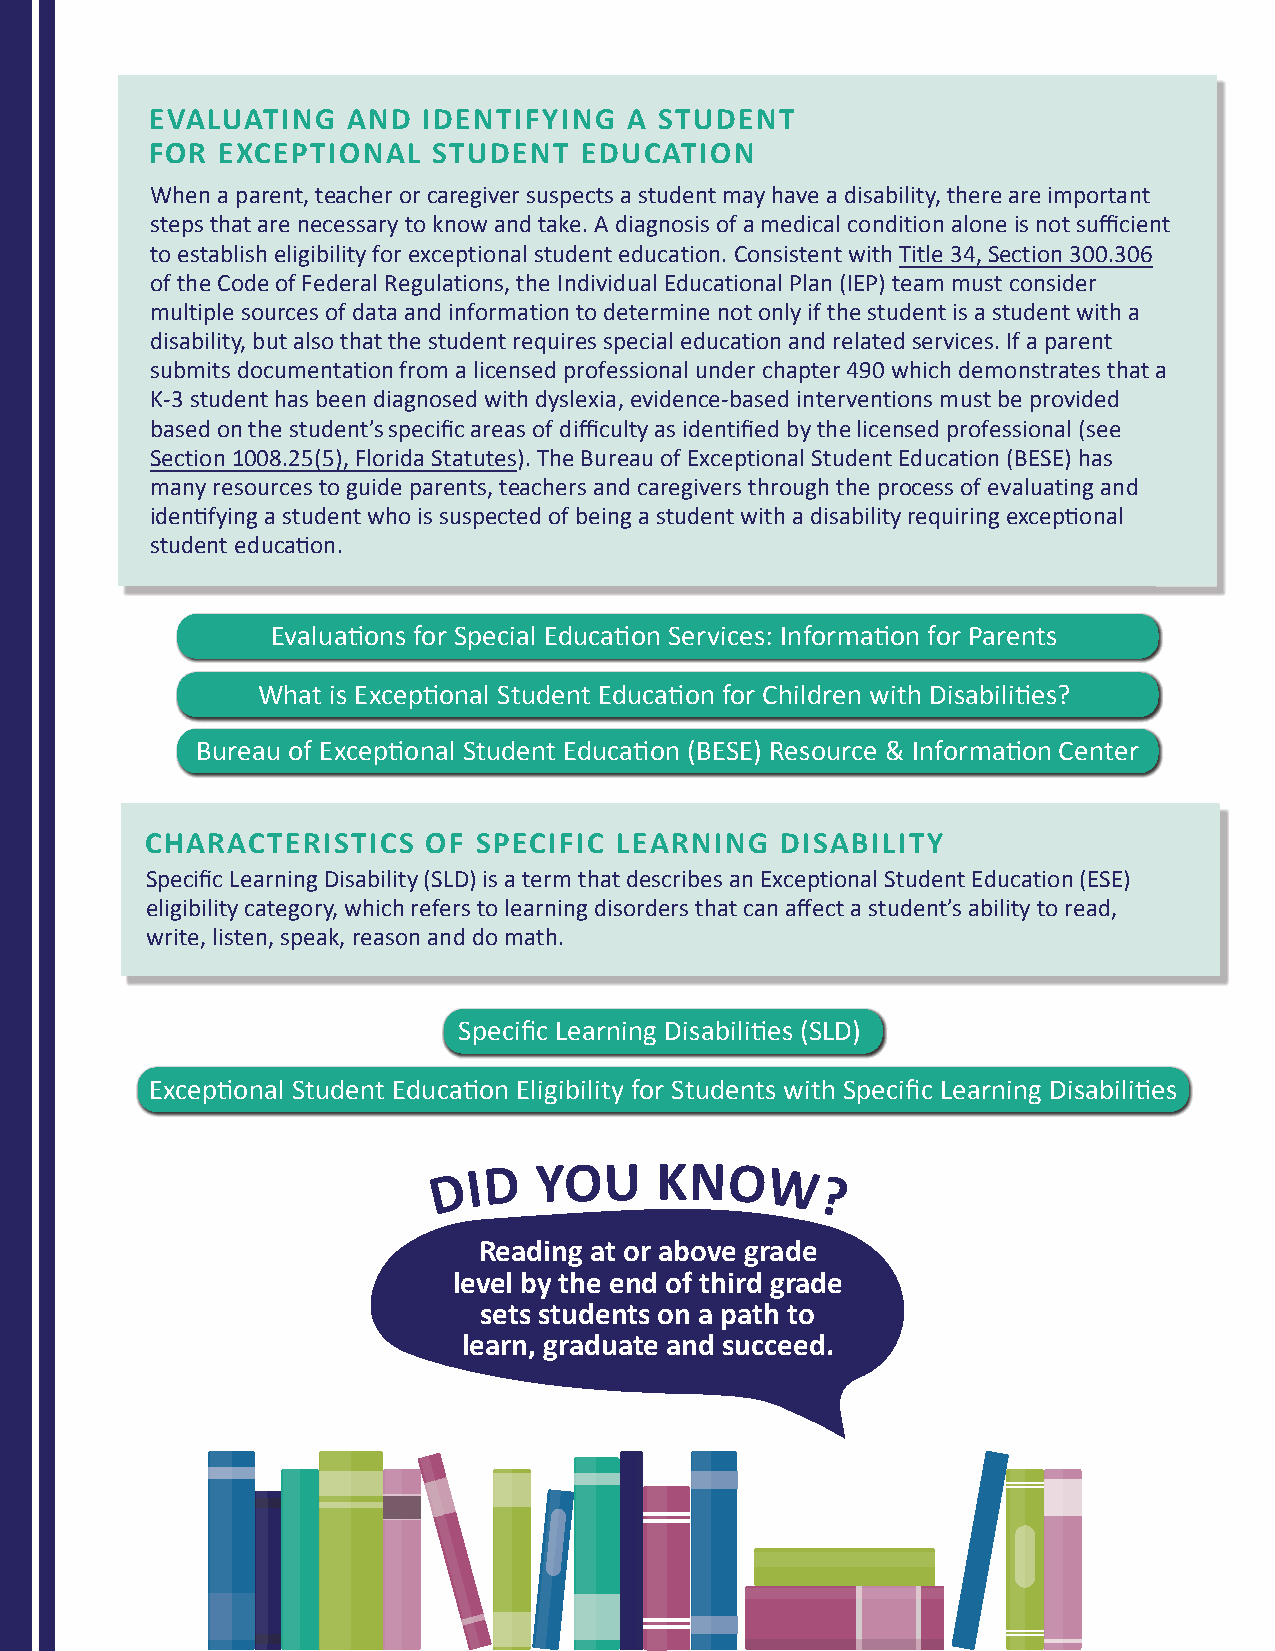
EVALUATING   AND  IDENTIFYING   A STUDENT
 FOR EXCEPTIONAL    STUDENT  EDUCATION
 When a parent, teacher or caregiver suspects a student may have a disability, there are important
 steps that are necessary to know and take. A diagnosis of a medical condition alone is not sufficient
 to establish eligibility for exceptional student education. Consistent with Title 34, Section 300.306
 of the Code of Federal Regulations, the Individual Educational Plan (IEP) team must consider
 multiple sources of data and information to determine not only if the student is a student with a
 disability, but also that the student requires special education and related services. If a parent
 submits documentation from a licensed professional under chapter 490 which demonstrates that a
 K-3 student has been diagnosed with dyslexia, evidence-based interventions must be provided
 based on the student’s specific areas of difficulty as identified by the licensed professional (see
 Section 1008.25(5), Florida Statutes). The Bureau of Exceptional Student Education (BESE) has
 many resources to guide parents, teachers and caregivers through the process of evaluating and
 identifying a student who is suspected of being a student with a disability requiring exceptional
 student education.
 Evaluations for Special Education Services: Information for Parents
 What is Exceptional Student Education for Children with Disabilities?
 Bureau of Exceptional Student Education (BESE) Resource & Information Center
 CHARACTERISTICS   OF  SPECIFIC LEARNING   DISABILITY
 Specific Learning Disability (SLD) is a term that describes an Exceptional Student Education (ESE)
 eligibility category, which refers to learning disorders that can affect a student’s ability to read,
 write, listen, speak, reason and do math.
 Specific Learning Disabilities (SLD)
 Exceptional Student Education Eligibility for Students with Specific Learning Disabilities
 D I D YOU     KNO    W
 ?
 Reading at or above grade
 level by the end of third grade
 sets students on a path to
 learn, graduate and succeed.